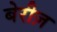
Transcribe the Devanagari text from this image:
बेरीज़